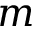
m